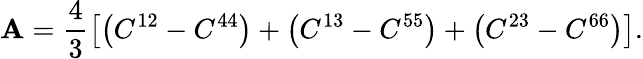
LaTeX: \mathbf{A}=\frac{4}{3}\left[\left(C^{12}-C^{44}\right)+\left(C^{13}-C^{55}\right)+\left(C^{23}-C^{66}\right)\right].